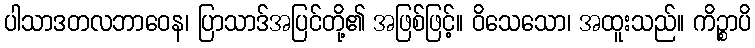
ပါသာဒတလဘာဝေန၊ ပြာသာဒ်အပြင်တို့၏ အဖြစ်ဖြင့်။ ဝိသေသော၊ အထူးသည်။ ကိဉ္စာပိ